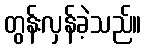
တွန်းလှန်ခဲ့သည်။